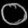
Digit: ၀